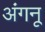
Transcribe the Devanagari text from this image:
अंगनू